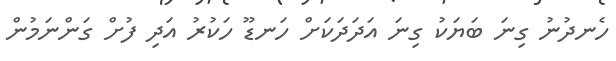
ހެނދުނު ގިނަ ބަޔަކު ގިނަ އަދަދަކަށް ހަނޑޫ ހަކުރު އަދި ފުށް ގަންނަމުން